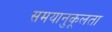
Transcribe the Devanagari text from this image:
समयानुकूलता